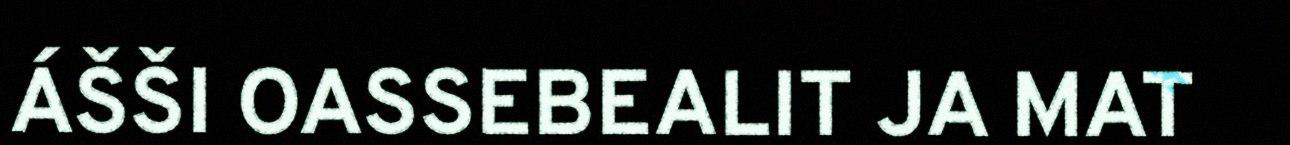
ÁŠŠI OASSEBEALIT JA MAT